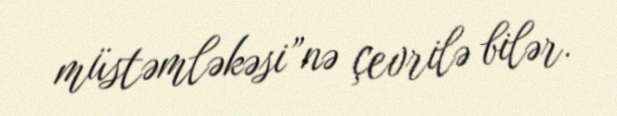
müstəmləkəsi”nə çevrilə bilər.